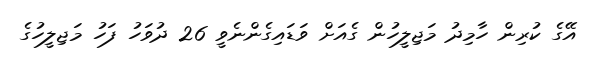
އޭގެ ކުރިން ހާމިދު މަޖިލީހުން ގެއަށް ވަޑައިގެންނެވީ 26 ދުވަހު ފަހު މަޖިލީހުގެ